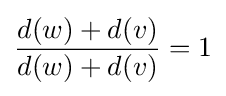
{\frac {d(w)+d(v)}{d(w)+d(v)}}=1